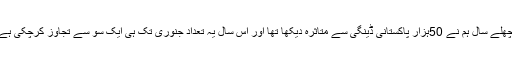
پچھلے سال ہم نے 50ہزار پاکستانی ڈینگی سے متاثرہ دیکھا تھا اور اس سال یہ تعداد جنوری تک ہی ایک سو سے تجاوز کرچکی ہے۔